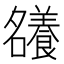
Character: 𡅖